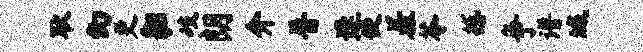
耿幻更貂岐朗介普逢便羞苓撼争谱城